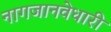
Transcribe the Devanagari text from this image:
नागजानवेधारी